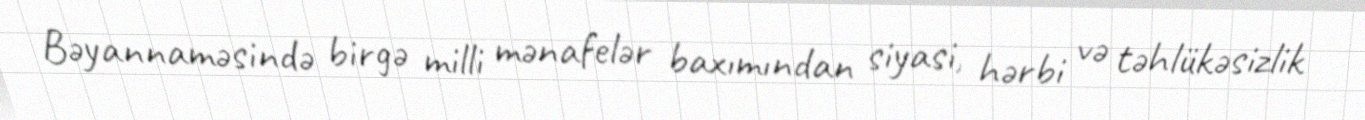
Bəyannaməsində birgə milli mənafelər baxımından siyasi, hərbi və təhlükəsizlik